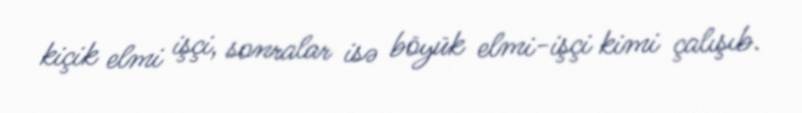
kiçik elmi işçi, sonralar isə böyük elmi-işçi kimi çalışıb.